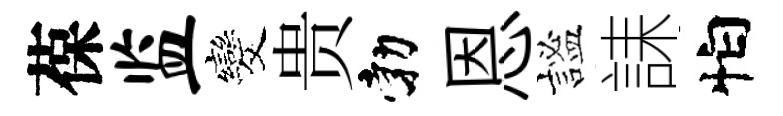
葆监发贵勃恩謐誄怕